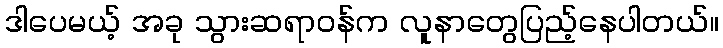
ဒါပေမယ့် အခု သွားဆရာဝန်က လူနာတွေပြည့်နေပါတယ်။